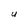
Character: U